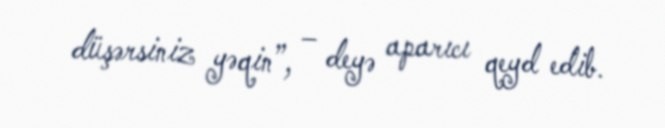
düşərsiniz yəqin”, – deyə aparıcı qeyd edib.